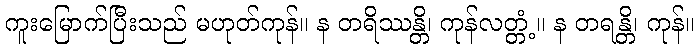
ကူးမြောက်ပြီးသည် မဟုတ်ကုန်။ န တရိဿန္တိ၊ ကုန်လတ္တံ့။ န တရန္တိ၊ ကုန်။